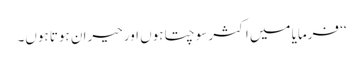
‘‘ فرمایا میں اکثر سوچتا ہوں اور حیران ہوتا ہوں۔